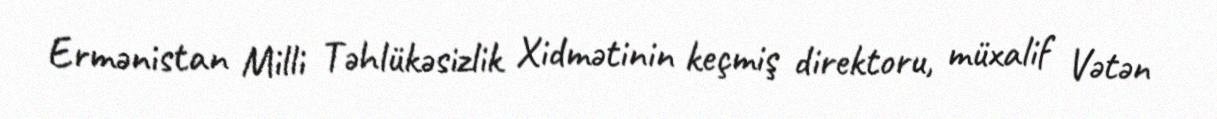
Ermənistan Milli Təhlükəsizlik Xidmətinin keçmiş direktoru, müxalif Vətən